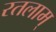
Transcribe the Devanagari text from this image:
रतलाम्